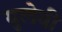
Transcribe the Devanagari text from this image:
युलेवी